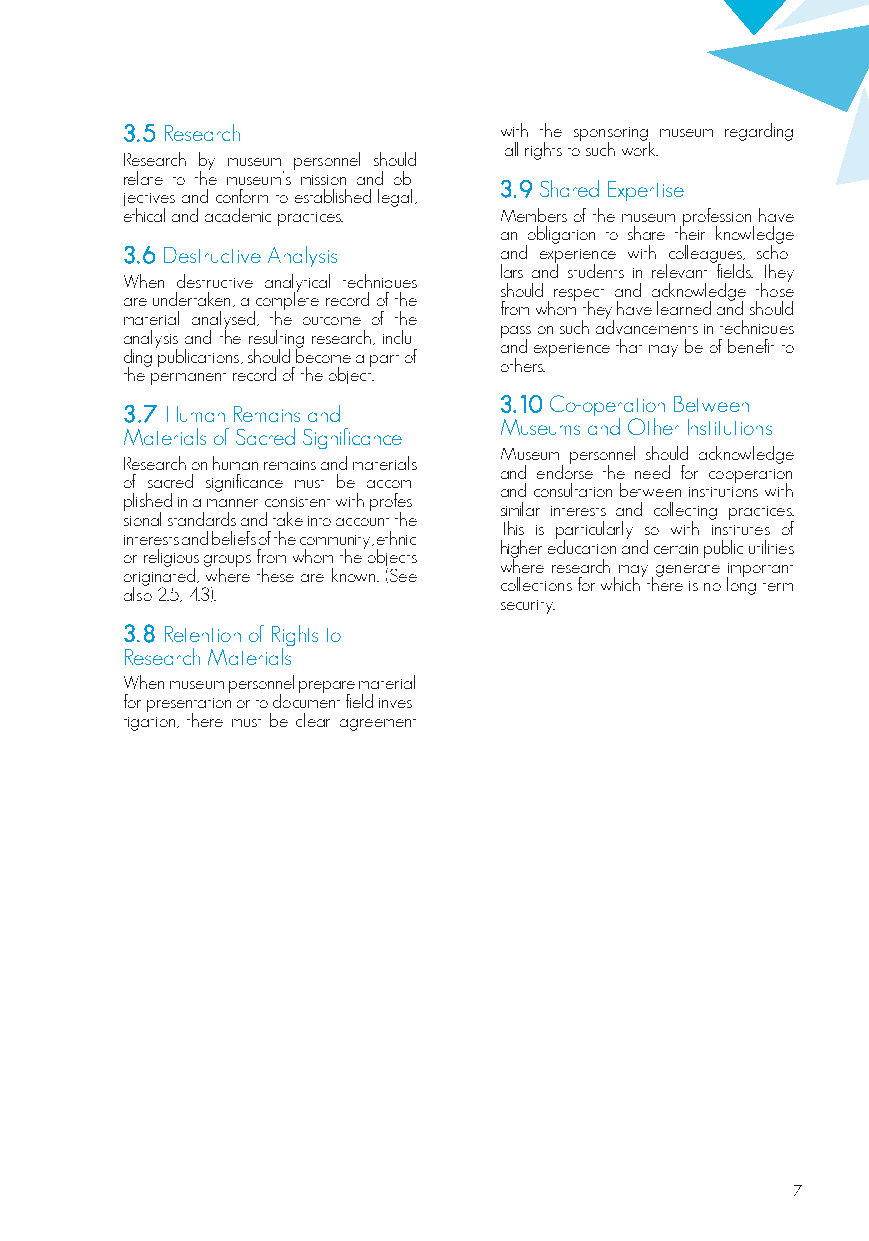
3.5 Research             with the sponsoring museum regarding
 all rights to such work.
 Research by museum personnel should
 relate to the museum’s mission and ob-
 3.9 Shared Expertise
 jectives and conform to established legal,
 ethical and academic practices. Members of the museum profession have
 an obligation to share their knowledge
 3.6 Destructive Analysis and experience with colleagues, scho-
 lars and students in relevant fields. They
 When destructive analytical techniques
 should respect and acknowledge those
 are undertaken, a complete record of the
 from whom they have learned and should
 material analysed, the outcome of the
 pass on such advancements in techniques
 analysis and the resulting research, inclu-
 and experience that may be of benefit to
 ding publications, should become a part of
 others.
 the permanent record of the object.
 3.10 Co-operation Between
 3.7 Human Remains and
 Museums and Other Institutions
 Materials of Sacred Significance
 Museum personnel should acknowledge
 Research on human remains and materials
 and endorse the need for cooperation
 of sacred significance must be accom-
 and consultation between institutions with
 plished in a manner consistent with profes-
 similar interests and collecting practices.
 sional standards and take into account the
 This is particularly so with institutes of
 interests and beliefs of the community, ethnic
 higher education and certain public utilities
 or religious groups from whom the objects
 where research may generate important
 originated, where these are known. (See
 collections for which there is no long-term
 also 2.5; 4.3).
 security.
 3.8 Retention of Rights to
 Research Materials
 When museum personnel prepare material
 for presentation or to document field inves-
 tigation, there must be clear agreement
 7